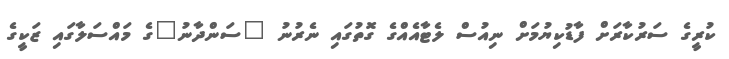
ކުރީގެ ސަރުކާރަށް ފާޑުކިޔުމަށް ނިއުސް ލެޓާއެއްގެ ގޮތުގައި ނެރުނު "ސަންދާނު"ގެ މައްސަލާގައި ޒަކީގެ